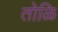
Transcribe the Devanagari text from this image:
तोळि